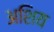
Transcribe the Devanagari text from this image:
अशिय